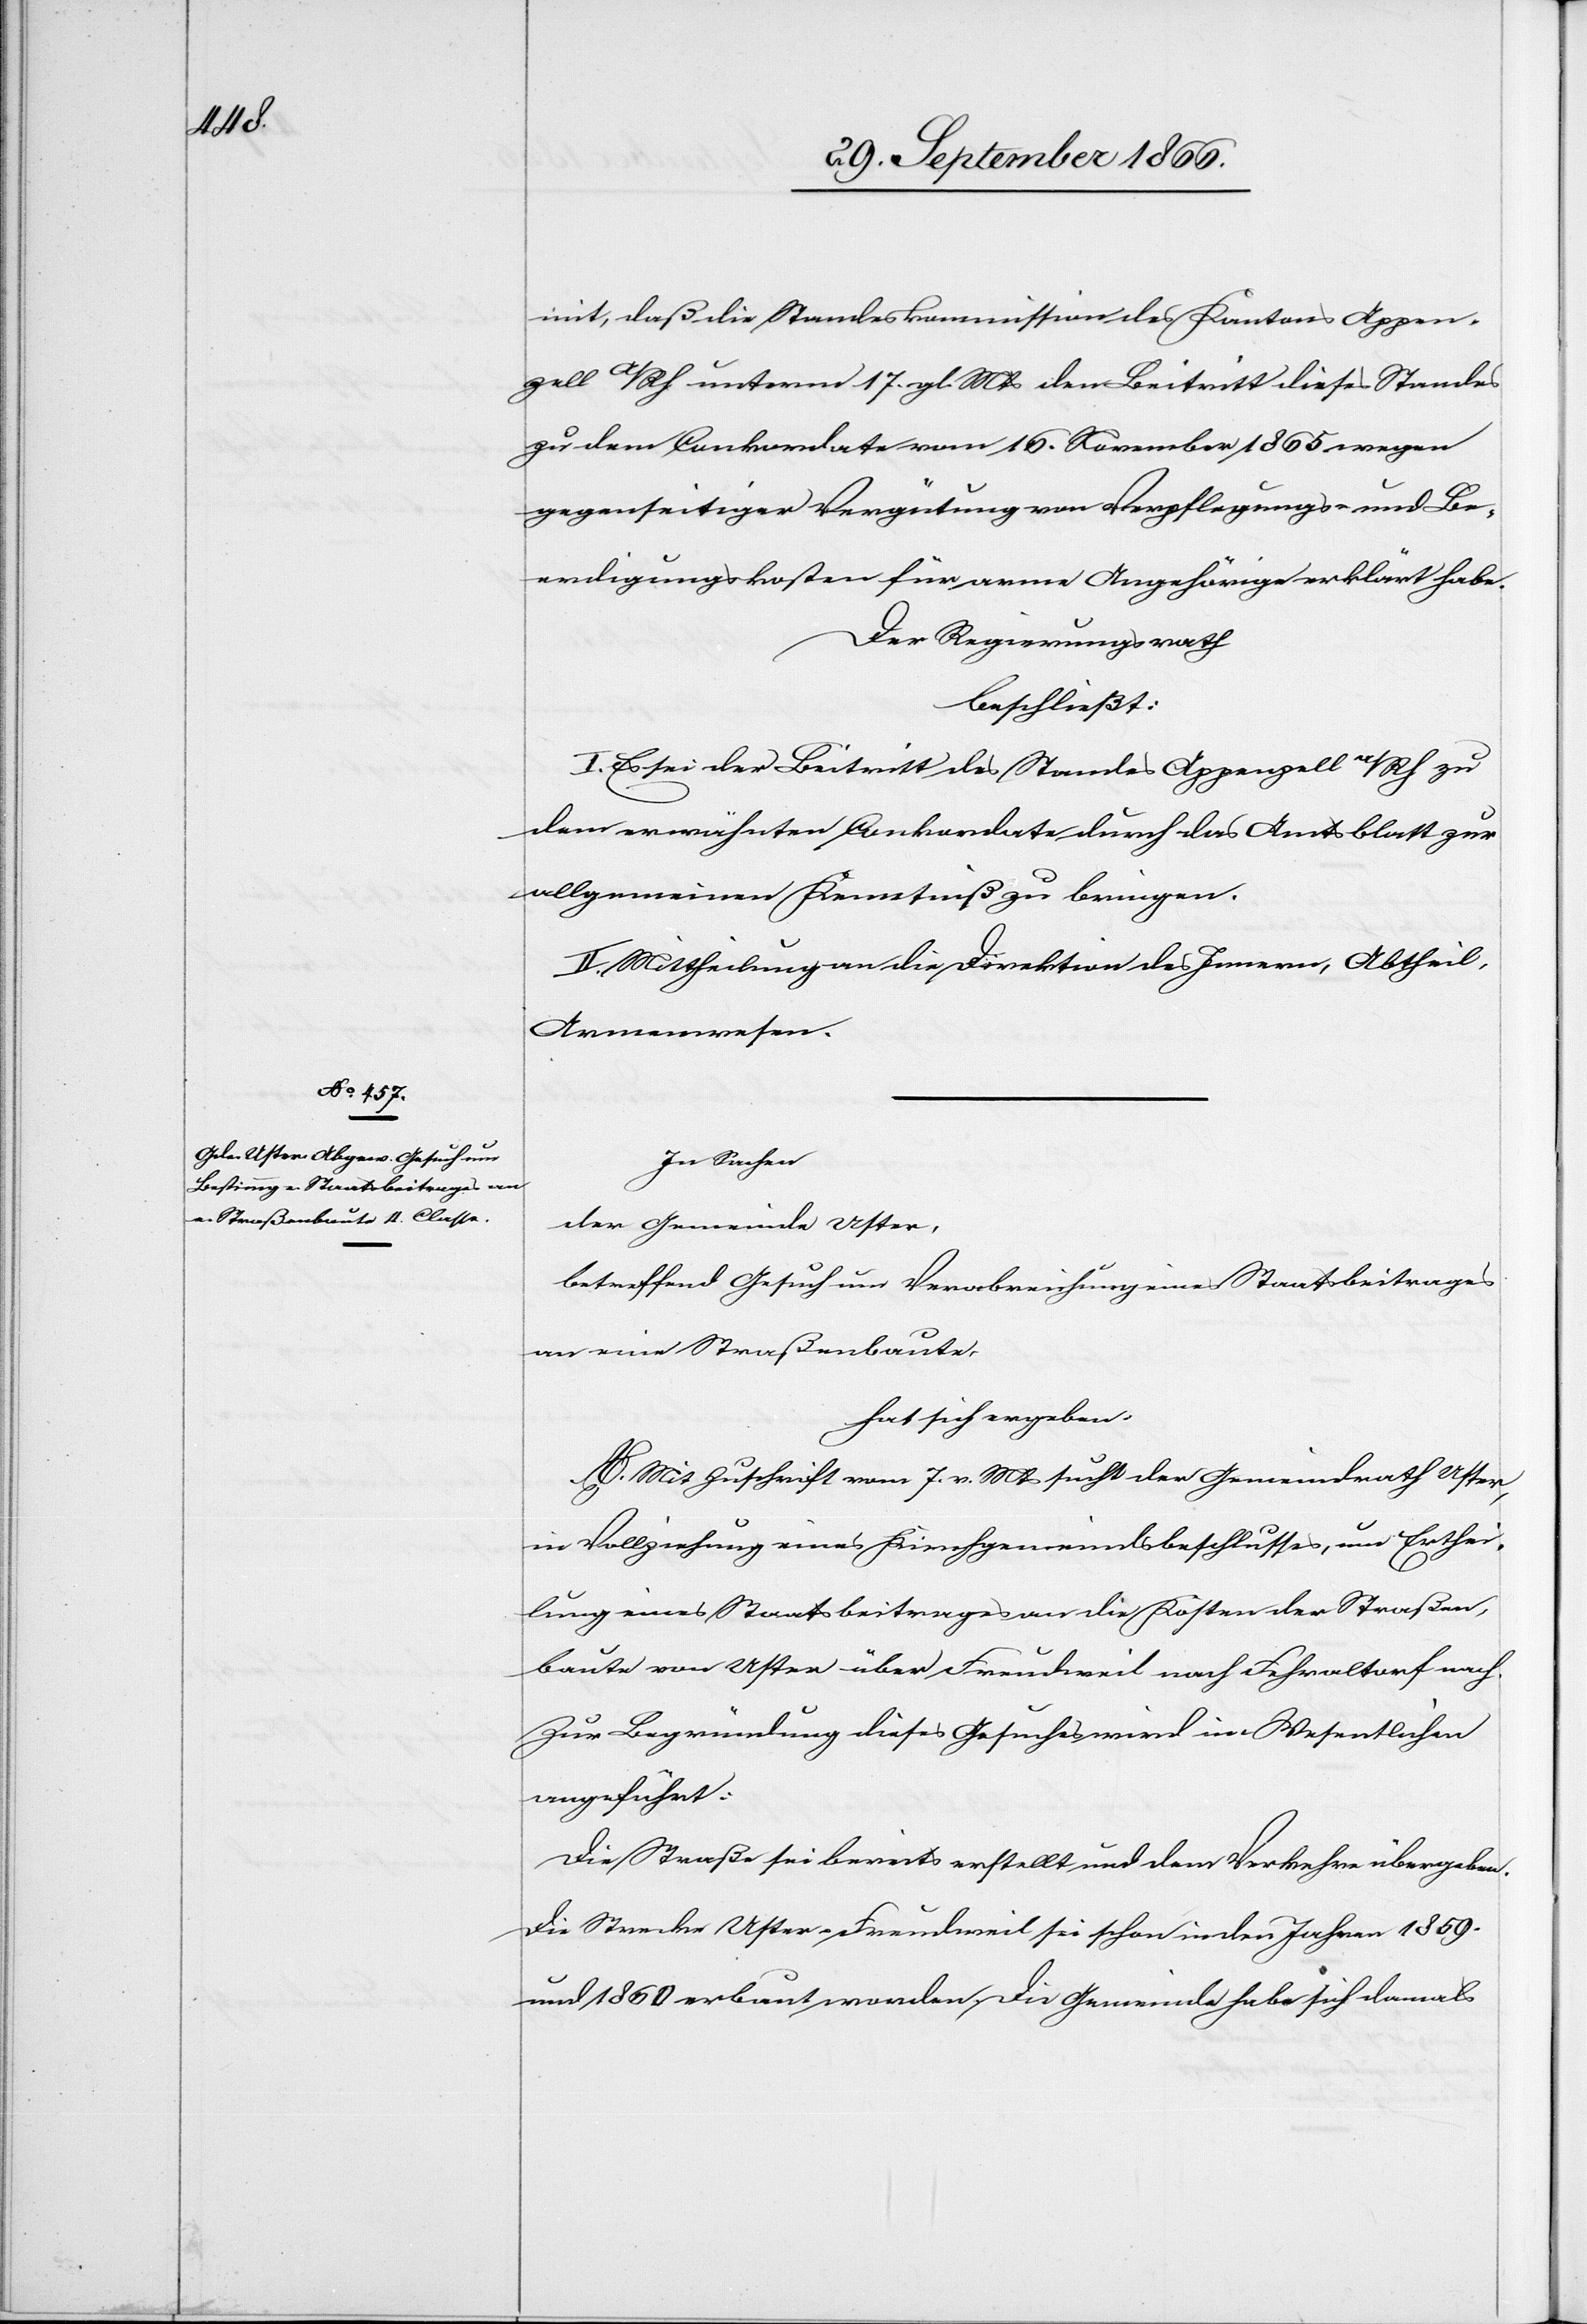
mit, daß die Standeskommission des Kantons Appen¬
zell A/Rh unterm 17. gl. Mts. den Beitritt dieses Standes
zu dem Conkordate vom 16. November 1865 wegen
gegenseitiger Vergütung von Verpflegungs- und Be¬
erdigungskosten für arme Angehörige erklärt habe.
Der Regierungsrath,
beschließt:
I. Es sei der Beitritt des Standes Appenzell a/Rh zu
dem erwähnten Conkordate durch das Amtsblatt zur
allgemeinen Kenntniß zu bringen.
II. Mittheilung an die Direktion des Innern, Abtheil.
Armenwesen.
In Sachen
der Gemeinde Uster,
betreffend Gesuch um Verabreichung eines Staatsbeitrages
an eine Straßenbaute,
hat sich ergeben:
A. Mit Zuschrift vom 7. v. Mts. sucht der Gemeindrath Uster,
in Vollziehung eines Kirchgemeindsbeschlusses, um Erthei¬
lung eines Staatsbeitrages an die Kosten der Straßen¬
baute vom Uster über Freudweil nach Fehraltorf nach.
Zur Begründung dieses Gesuches wird im Wesentlichen
angeführt:
Die Straße sei bereits erstellt und dem Verkehr übergeben.
Die Strecke Uster-Freudweil sei schon in den Jahren 1859
und 1860 erbaut worden. Die Gemeinde habe sich damals